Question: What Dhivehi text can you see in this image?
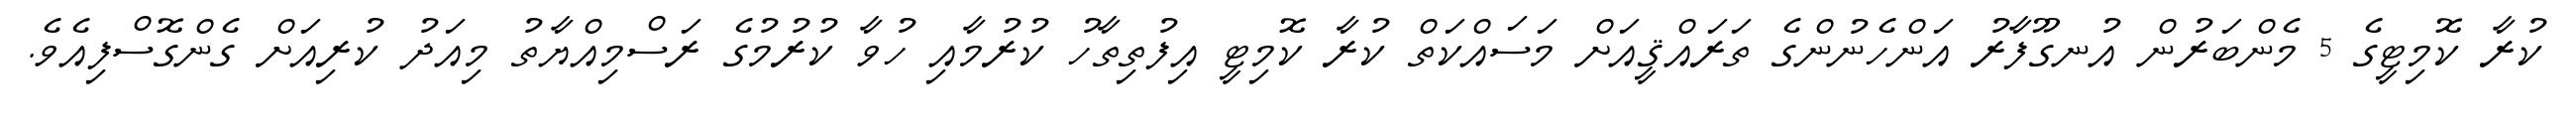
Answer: ކުރާ ކޮމިޓީގެ 5 މެންބަރުން އުނގޫފާރު އަންހެނުންގެ ތަރައްޤީއަށް މަސައްކަތް ކުރާ ކޮމިޓީ އިފުތިތާހު ކުރުމާއި ހުވާ ކުރުމުގެ ރަސްމިއްޔާތު މިއަދު ކުރިއަށް ގެންގޮސްފިއެވެ.